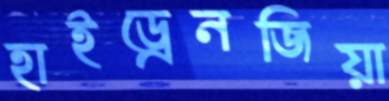
হাইড্রেনজিয়া